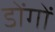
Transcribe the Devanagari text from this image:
डोंगों